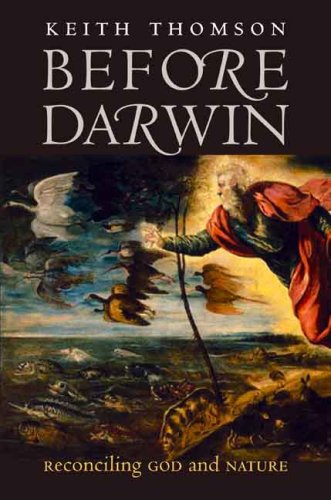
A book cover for Before Darwin: Reconciling God and Nature; Keith Stewart Thomson; Religion & Spirituality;